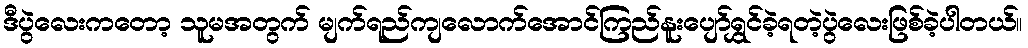
ဒီပွဲလေးကတော့ သူမအတွက် မျက်ရည်ကျလောက်အောင်ကြည်နူးပျော်ရွှင်ခဲ့ရတဲ့ပွဲလေးဖြစ်ခဲ့ပါတယ်။